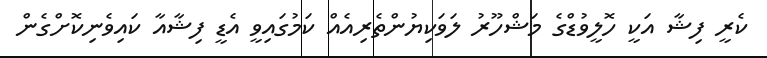
ކެރީ ފިޝާ އަކީ ހޮލީވުޑްގެ މަޝްހޫރު ލަވަކިޔުންތެރިއެއް ކަމުގައިވީ އެޑީ ފިޝާއާ ކައިވެނިކޮށްގެން